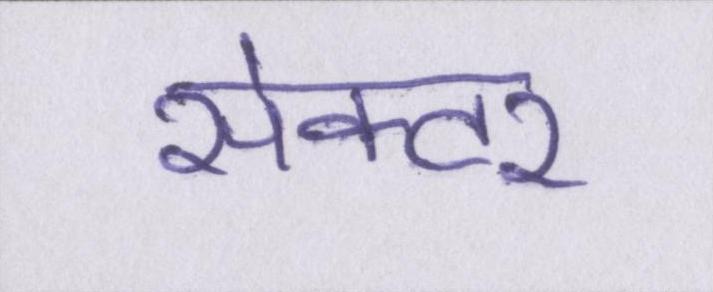
सेक्टर